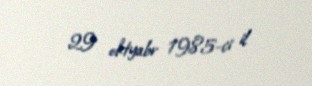
29 oktyabr 1985-ci il